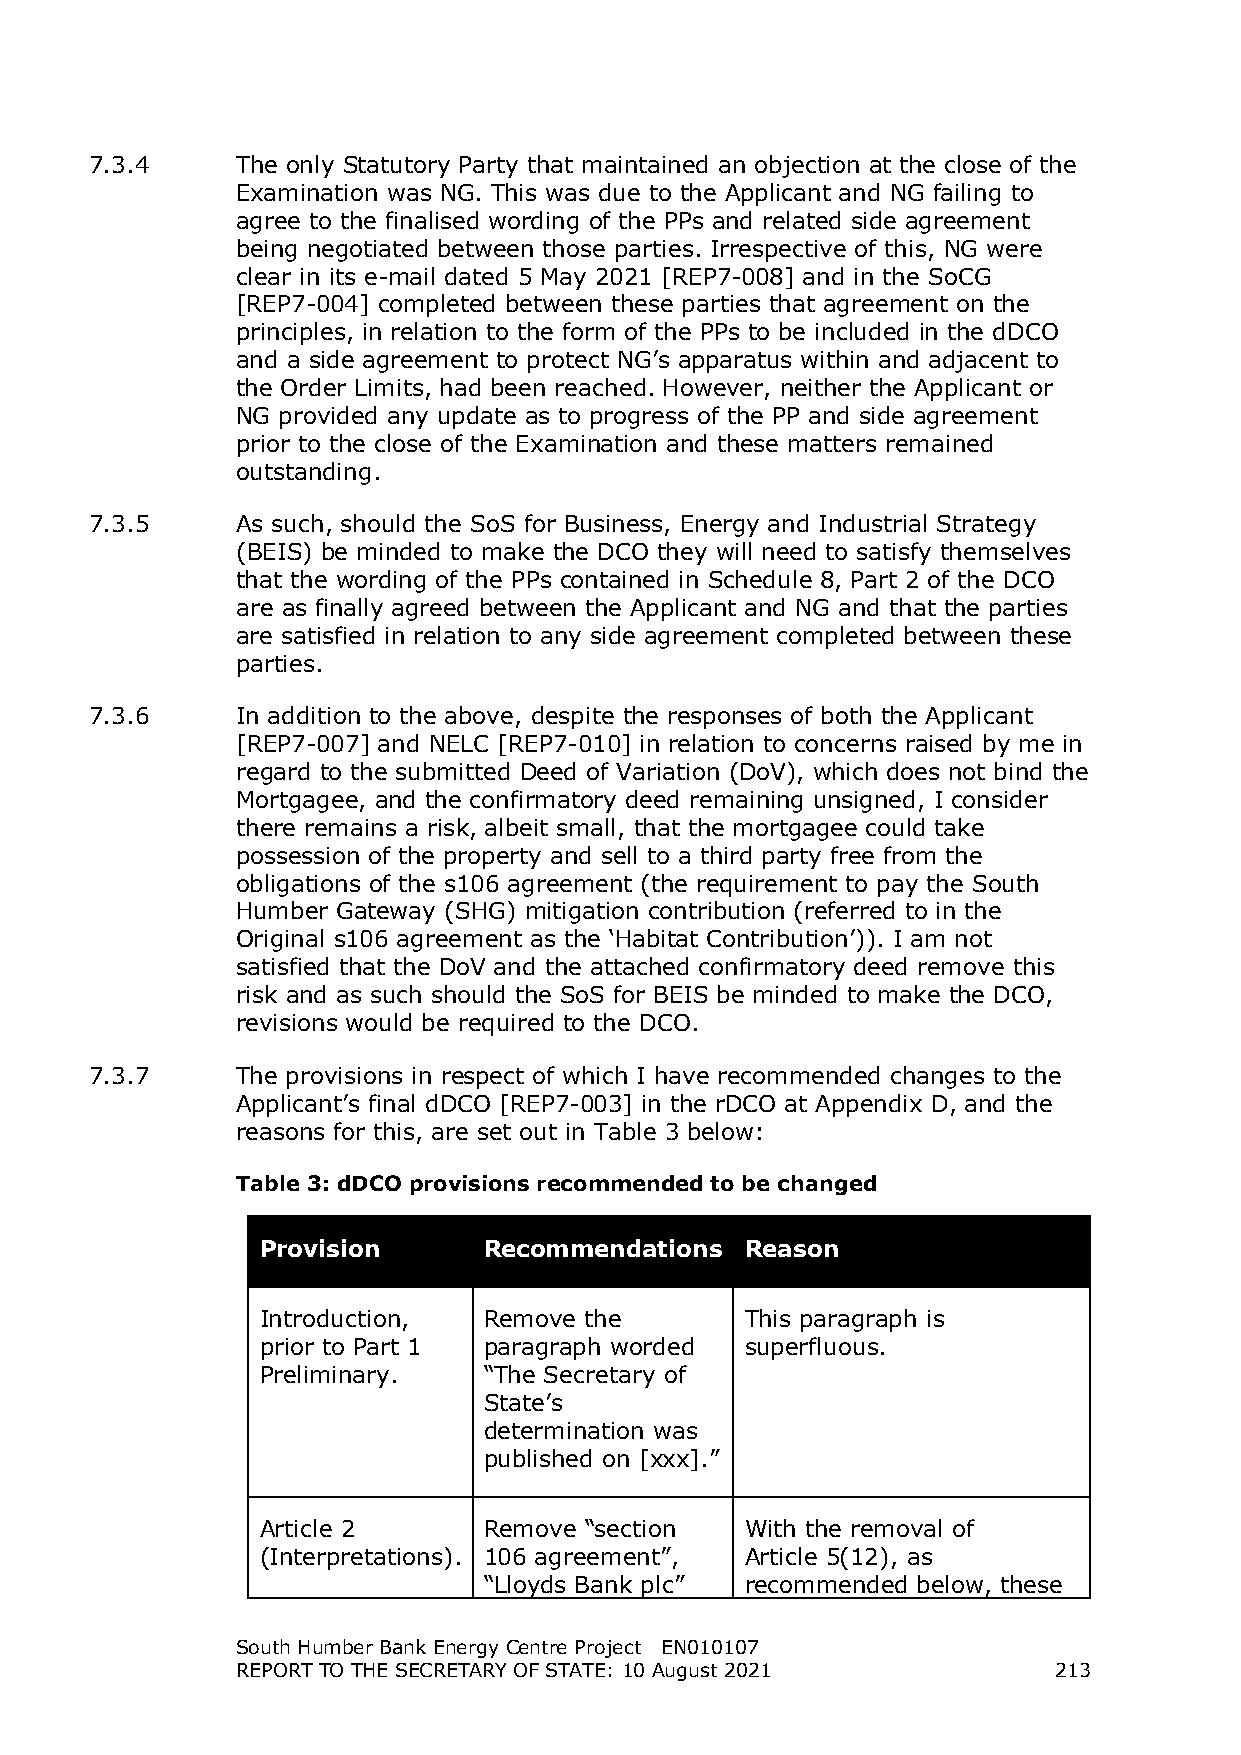
7.3.4     The only Statutory Party that maintained an objection at the close of the
 Examination was NG. This was due to the Applicant and NG failing to
 agree to the finalised wording of the PPs and related side agreement
 being negotiated between those parties. Irrespective of this, NG were
 clear in its e-mail dated 5 May 2021 [REP7-008] and in the SoCG
 [REP7-004] completed between these parties that agreement on the
 principles, in relation to the form of the PPs to be included in the dDCO
 and a side agreement to protect NG’s apparatus within and adjacent to
 the Order Limits, had been reached. However, neither the Applicant or
 NG provided any update as to progress of the PP and side agreement
 prior to the close of the Examination and these matters remained
 outstanding.
 7.3.5     As such, should the SoS for Business, Energy and Industrial Strategy
 (BEIS) be minded to make the DCO they will need to satisfy themselves
 that the wording of the PPs contained in Schedule 8, Part 2 of the DCO
 are as finally agreed between the Applicant and NG and that the parties
 are satisfied in relation to any side agreement completed between these
 parties.
 7.3.6     In addition to the above, despite the responses of both the Applicant
 [REP7-007] and NELC [REP7-010] in relation to concerns raised by me in
 regard to the submitted Deed of Variation (DoV), which does not bind the
 Mortgagee, and the confirmatory deed remaining unsigned, I consider
 there remains a risk, albeit small, that the mortgagee could take
 possession of the property and sell to a third party free from the
 obligations of the s106 agreement (the requirement to pay the South
 Humber Gateway (SHG) mitigation contribution (referred to in the
 Original s106 agreement as the ‘Habitat Contribution’)). I am not
 satisfied that the DoV and the attached confirmatory deed remove this
 risk and as such should the SoS for BEIS be minded to make the DCO,
 revisions would be required to the DCO.
 7.3.7     The provisions in respect of which I have recommended changes to the
 Applicant’s final dDCO [REP7-003] in the rDCO at Appendix D, and the
 reasons for this, are set out in Table 3 below:
 Table 3: dDCO provisions recommended to be changed
 Provision      Recommendations  Reason
 Introduction,  Remove the       This paragraph is
 prior to Part 1 paragraph worded superfluous.
 Preliminary.   “The Secretary of
 State’s
 determination was
 published on [xxx].”
 Article 2      Remove “section  With the removal of
 (Interpretations). 106 agreement”, Article 5(12), as
 “Lloyds Bank plc” recommended below, these
 South Humber Bank Energy Centre Project EN010107
 REPORT TO THE SECRETARY OF STATE: 10 August 2021      213